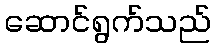
ဆောင်ရွက်သည်